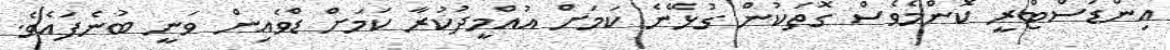
އިންޑަސްޓްރީ ކޮންމެވެސް ގޮތަކުން ގުޅޭނެ ކަމަށް އުއްމީދުކުރާ ކަމަށް ޑްވެއިން ވަނީ ބުނެފައެވެ.